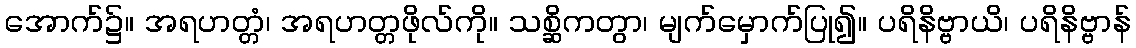
အောက်၌။ အရဟတ္တံ၊ အရဟတ္တဖိုလ်ကို။ သစ္ဆိကတွာ၊ မျက်မှောက်ပြု၍။ ပရိနိဗ္ဗာယိ၊ ပရိနိဗ္ဗာန်